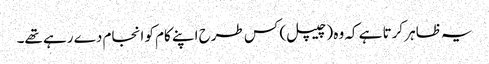
یہ ظاہر کرتا ہے کہ وہ (چیپل) کس طرح اپنے کام کو انجام دے رہے تھے۔